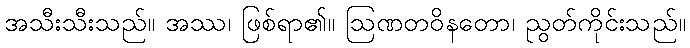
အသီးသီးသည်။ အဿ၊ ဖြစ်ရာ၏။ ဩဏတဝိနတော၊ ညွတ်ကိုင်းသည်။